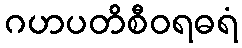
ဂဟပတိစီဝရဓရံ